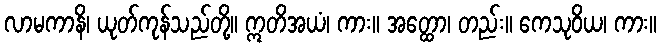
လာမကာနိ၊ ယုတ်ကုန်သည်တို့။ ဣတိအယံ၊ ကား။ အတ္ထော၊ တည်း။ ကေသုဝိယ၊ ကား။